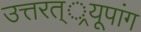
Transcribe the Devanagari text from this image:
उत्तरत््रयूपांग